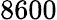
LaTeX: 8600